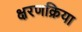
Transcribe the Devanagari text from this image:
क्षरणक्रिया